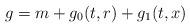
LaTeX: \begin{align*} g = m + g_0(t,r)+g_1(t,x)\end{align*}